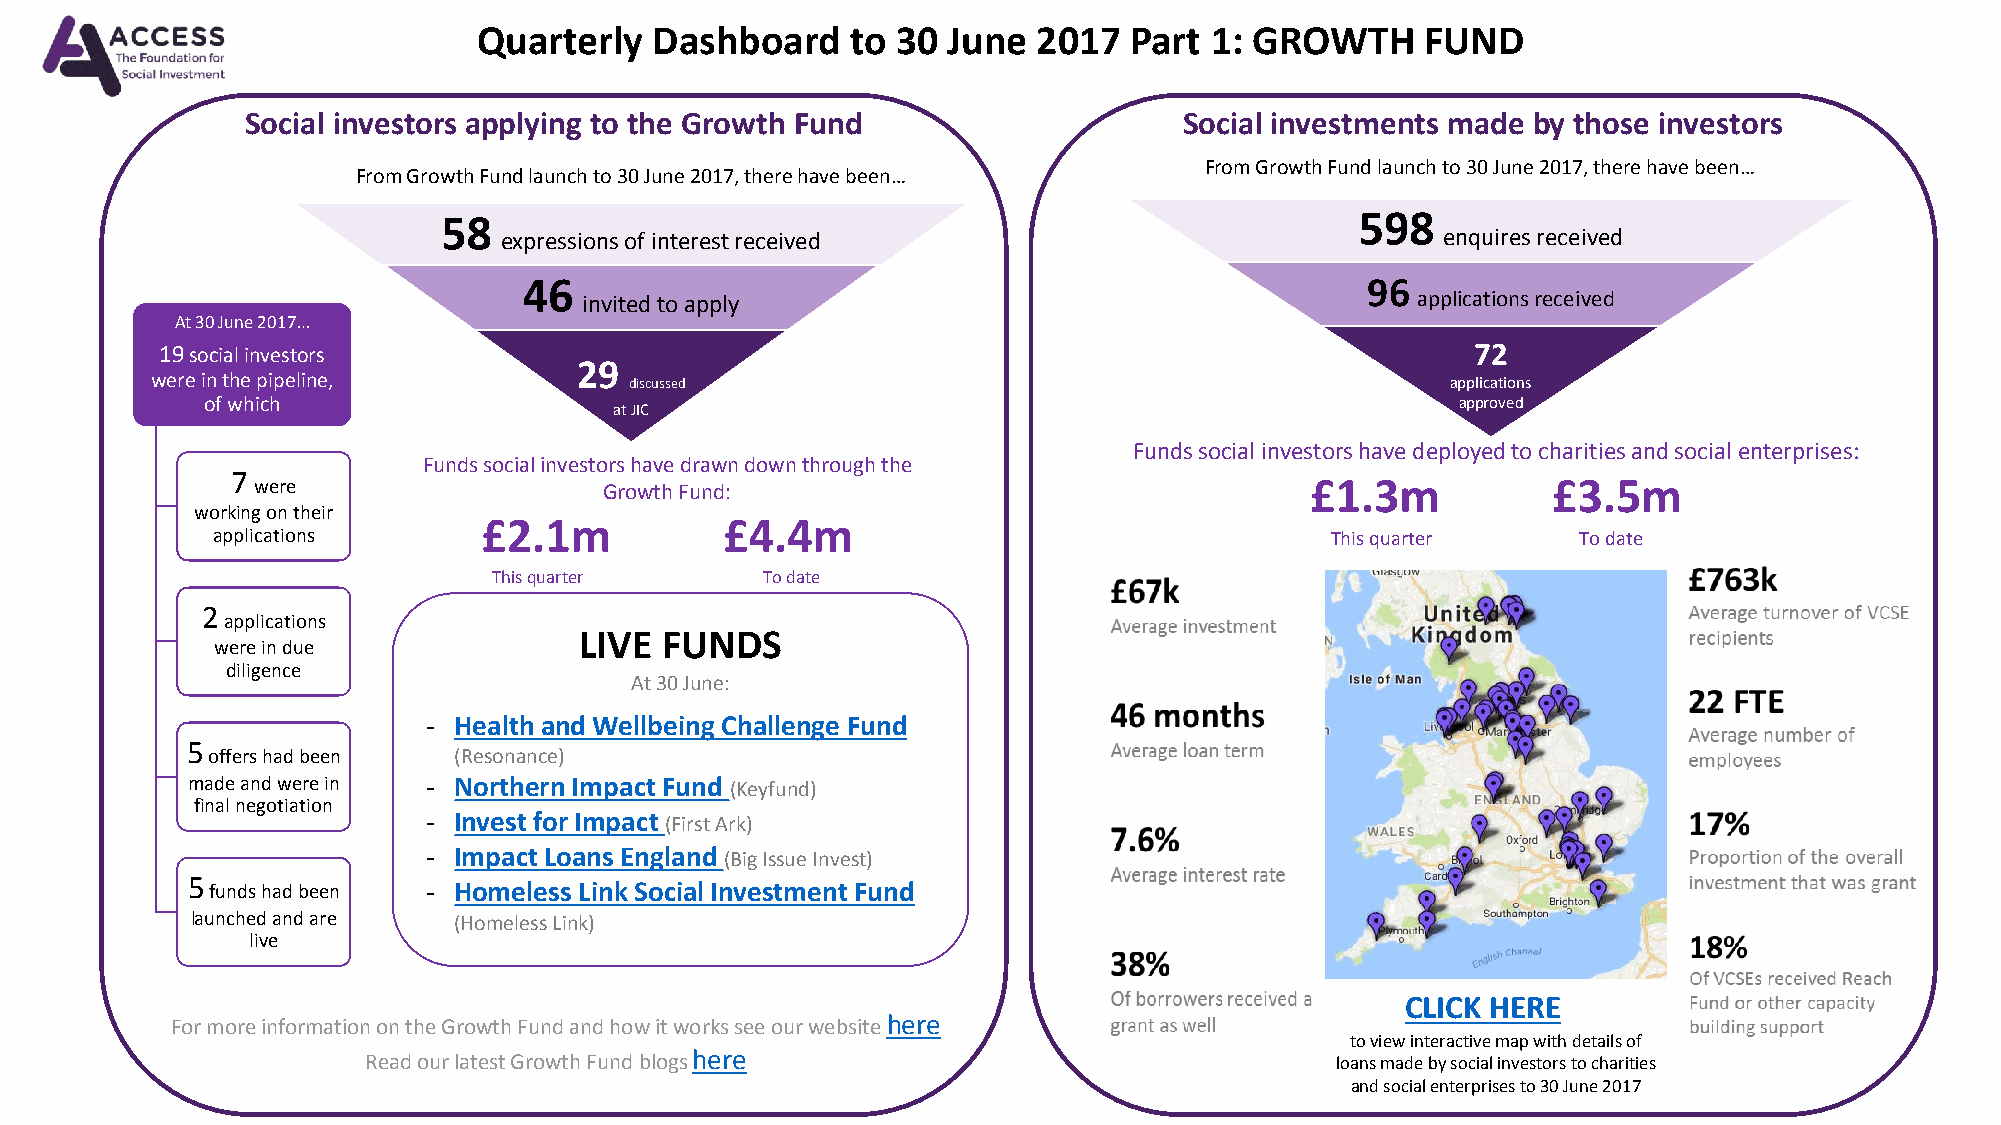
Quarterly  Dashboard    to 30  June  2017  Part 1: GROWTH     FUND
 Social investors applying to the Growth Fund                  Social investments made by those investors
 From Growth Fund launch to 30 June 2017, there have been…
 From Growth Fund launch to 30 June 2017, there have been…
 58                                                           598
 expressions of interest received                               enquires received
 46                                                     96
 invited to apply                                       applications received
 At 30 June 2017…
 19social investors                                                                     72
 29
 were in the pipeline,           discussed                                             applications
 of which                                                                            approved
 at JIC
 Funds social investors have deployed to charities and social enterprises:
 Funds social investors have drawn down through the
 7
 were                   Growth Fund:                                   £1.3m           £3.5m
 working on their
 £2.1m           £4.4m
 applications                                                              This quarter    To date
 This quarter     To date
 2
 applications
 LIVE  FUNDS
 were in due
 diligence
 At 30 June:
 - Health and Wellbeing Challenge Fund
 5
 offers had been (Resonance)
 made and were in - Northern Impact Fund (Keyfund)
 final negotiation
 - Invest for Impact (First Ark)
 - Impact Loans England(Big Issue Invest)
 5 funds had been - Homeless Link Social Investment Fund
 launched and are (Homeless Link)
 live
 CLICK HERE
 For more information on the Growth Fund and how it works see our website here
 to view interactive map with details of
 Read our latest Growth Fund blogs here                          loans made by social investors to charities
 and social enterprises to 30 June 2017